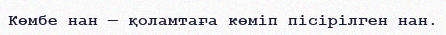
Көмбе нан — қоламтаға көміп пісірілген нан.